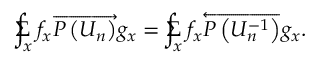
\Sigma \! \! \! \! \! \! \int _ { x } f _ { x } \overrightarrow { P \left( U _ { n } \right) } g _ { x } = \Sigma \! \! \! \! \! \! \int _ { x } f _ { x } \overleftarrow { P \left( U _ { n } ^ { - 1 } \right) } g _ { x } .